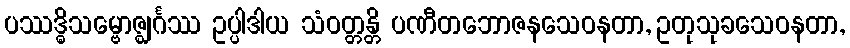
ပဿဒ္ဓိသမ္ဗောဇ္ဈင်္ဂဿ ဥပ္ပါဒါယ သံဝတ္တန္တိ ပဏီတဘောဇနသေဝနတာ, ဥတုသုခသေဝနတာ,